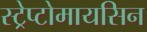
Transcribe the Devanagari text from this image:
स्ट्रेप्टोमायसिन